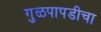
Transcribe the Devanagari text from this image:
गुळपापडीचा